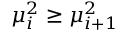
\mu _ { i } ^ { 2 } \geq \mu _ { i + 1 } ^ { 2 }